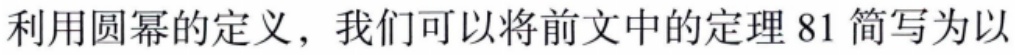
利用圆幂的定义，我们可以将前文中的定理 81 简写为以